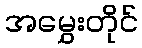
အမွှေးတိုင်